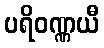
ပရိဝဏ္ဏယီ